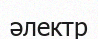
әлектр